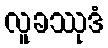
လူခဿုဒံ